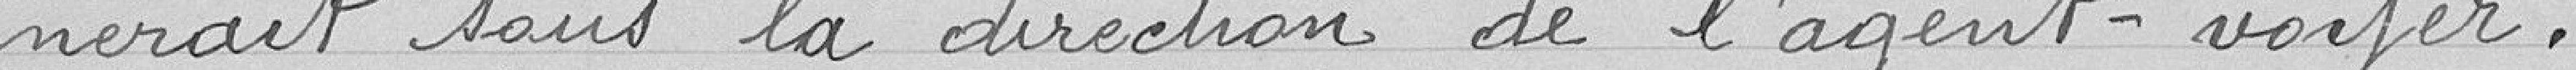
nerait sous la direction de l'agent voyer.